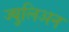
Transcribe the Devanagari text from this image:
ज्युलिअन